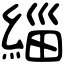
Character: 緇